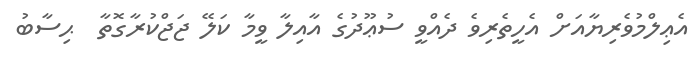
އެޢިލްމުވެރިޔާއަށް އެހީތެރިވެ ދެއްވީ ސުޢޫދުގެ އާއިލާ ވީމާ ކަލޭ ޖަޖްކުރާގޮތާ  ޙިސާބު